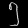
Digit: ၅